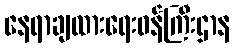
နေရာချထားရေးဝန်ကြီးဌာန